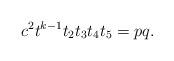
LaTeX: \begin{align*}c^2t^{k-1}t_2t_3t_4t_5=pq.\end{align*}